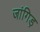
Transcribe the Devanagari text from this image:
जांगिड़